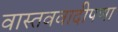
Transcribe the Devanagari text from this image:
वास्तववादीपणा